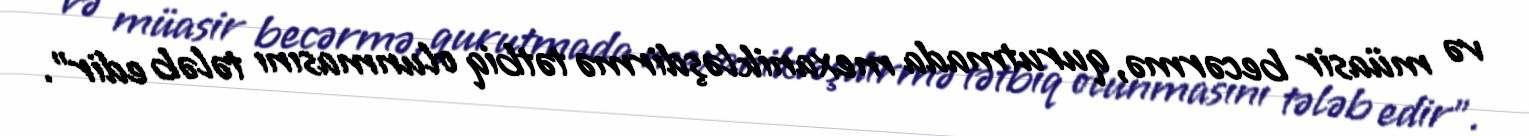
və müasir becərmə, qurutmada mexanikləşdirmə tətbiq olunmasını tələb edir”.